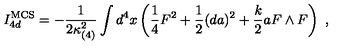
I _ { 4 d } ^ { \mathrm { M C S } } = - { \frac { 1 } { 2 \kappa _ { ( 4 ) } ^ { 2 } } } \int d ^ { 4 } x \left( { \frac { 1 } { 4 } } F ^ { 2 } + { \frac { 1 } { 2 } } ( d a ) ^ { 2 } + { \frac { k } { 2 } } a F \wedge F \right) \ ,